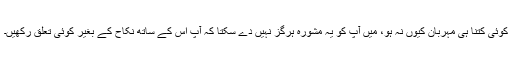
کوئی کتنا ہی مہربان کیوں نہ ہو، میں آپ کو یہ مشورہ ہرگز نہیں دے سکتا کہ آپ اس کے ساتھ نکاح کے بغیر کوئی تعلق رکھیں۔